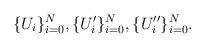
LaTeX: \begin{align*}\lbrace U_i\rbrace_{i=0}^N, \lbrace U'_i\rbrace_{i=0}^N, \lbrace U''_i\rbrace_{i=0}^N.\end{align*}